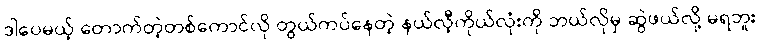
ဒါပေမယ့် တောက်တဲ့တစ်ကောင်လို တွယ်ကပ်နေတဲ့ နယ်လီ့ကိုယ်လုံးကို ဘယ်လိုမှ ဆွဲဖယ်လို့ မရဘူး